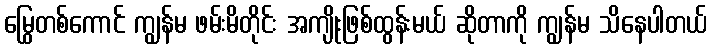
မြွေတစ်ကောင် ကျွန်မ ဖမ်းမိတိုင်း အကျိုးဖြစ်ထွန်းမယ် ဆိုတာကို ကျွန်မ သိနေပါတယ်